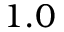
1 . 0